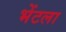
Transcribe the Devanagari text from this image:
भेंटला